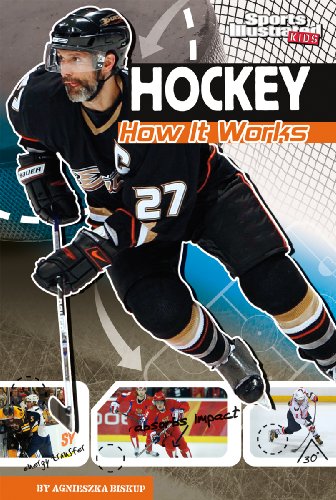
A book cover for Hockey: How It Works (The Science of Sports (Sports Illustrated for Kids)); Agnieszka Biskup; Children's Books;